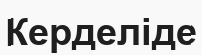
Керделіде